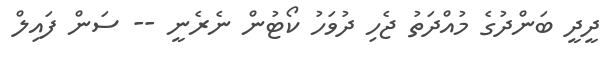
ދީދީ ބަންދުގެ މުއްދަތު ޖެހި ދުވަހު ކޯޓުން ނެރެނީ -- ސަން ފައިލް